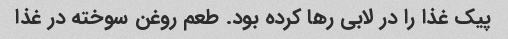
پیک غذا را در لابی رها کرده بود. طعم روغن سوخته در غذا